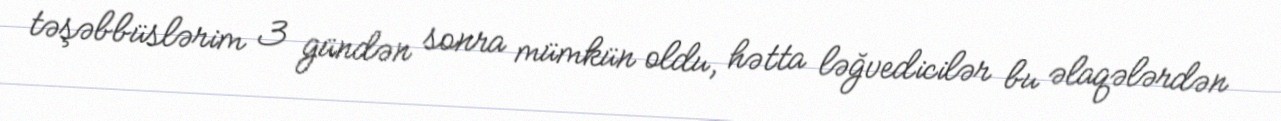
təşəbbüslərim 3 gündən sonra mümkün oldu, hətta ləğvedicilər bu əlaqələrdən